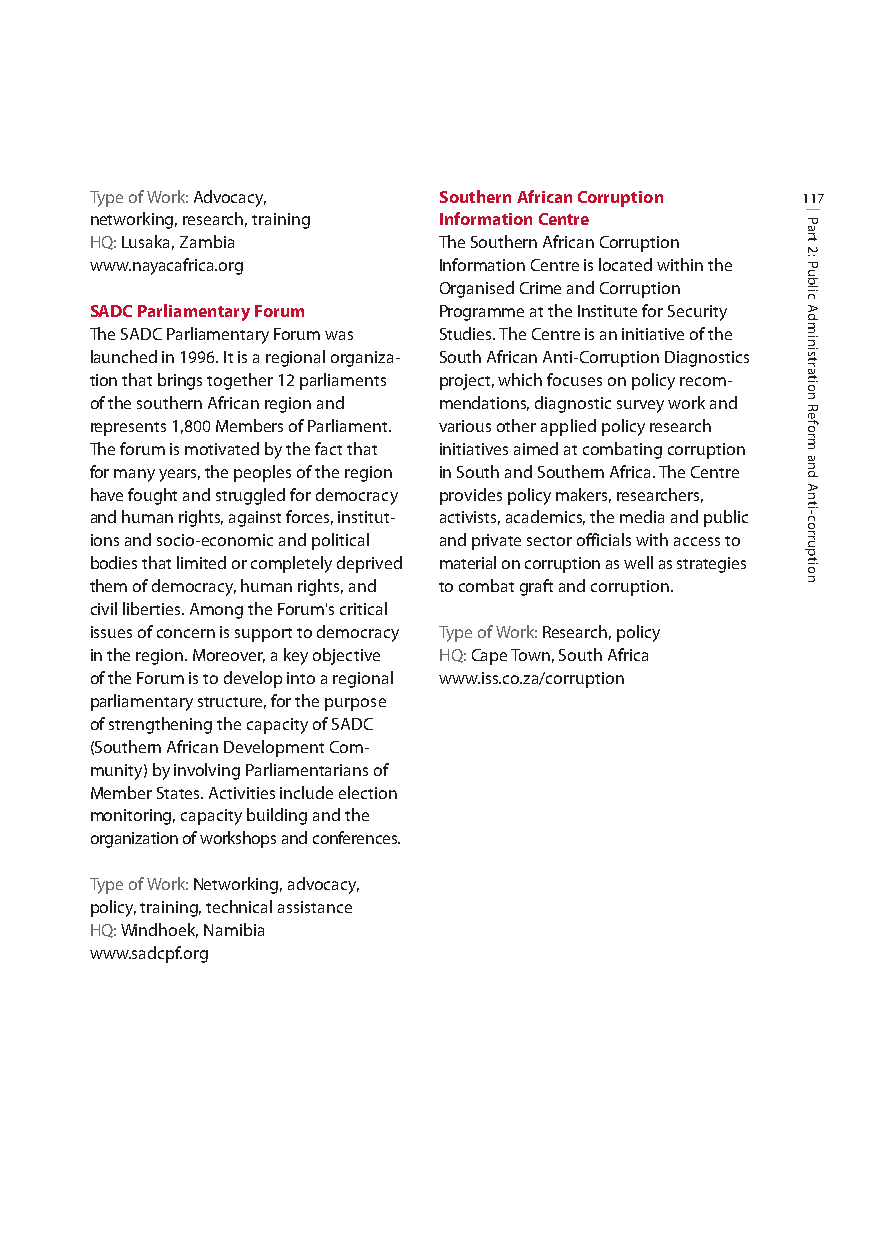
Type ofWork: Advocacy, Southern African Corruption 117
 networking, research, training Information Centre
 HQ:Lusaka, Zambia      The Southern African Corruption
 www.nayacafrica.org    Information Centre is located within the
 Organised Crime and Corruption
 SADC Parliamentary Forum Programme at the Institute for Security
 The SADC Parliamentary Forum was Studies. The Centre is an initiative of the
 launched in 1996. It is a regional organiza- South African Anti-Corruption Diagnostics
 tion that brings together 12 parliaments project, which focuses on policy recom-
 of the southern African region and mendations, diagnostic survey work and
 represents 1,800 Members of Parliament. various other applied policy research
 The forum is motivated by the fact that initiatives aimed at combating corruption
 for many years, the peoples of the region in South and Southern Africa. The Centre
 have fought and struggled for democracy provides policy makers, researchers,
 and human rights, against forces, institut- activists, academics, the media and public
 ions and socio-economic and political and private sector officials with access to
 bodies that limited or completely deprived material on corruption as well as strategies
 them of democracy, human rights, and to combat graft and corruption.
 civil liberties. Among the Forum's critical
 issues of concern is support to democracy Type ofWork: Research, policy
 in the region. Moreover, a key objective HQ:Cape Town, South Africa
 of the Forum is to develop into a regional www.iss.co.za/corruption
 parliamentary structure, for the purpose
 of strengthening the capacity of SADC
 (Southern African Development Com-
 munity) by involving Parliamentarians of
 Member States. Activities include election
 monitoring, capacity building and the
 organization of workshops and conferences.
 Type ofWork: Networking, advocacy,
 policy, training, technical assistance
 HQ:Windhoek, Namibia
 www.sadcpf.org
 Part
 2:
 Public
 Administration
 Reform
 and
 Anti-corruption